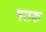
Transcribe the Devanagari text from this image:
षतक